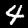
Label: 4